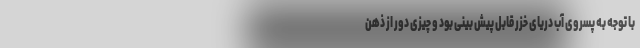
با توجه به پسروی آب دریای خزر قابل پیش بینی بود و چیزی دور از ذهن